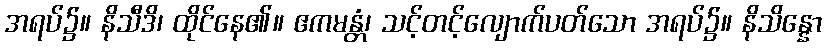
အရပ်၌။ နိသီဒိ၊ ထိုင်နေ၏။ ဧကမန္တံ၊ သင့်တင့်လျောက်ပတ်သော အရပ်၌။ နိသိန္နော